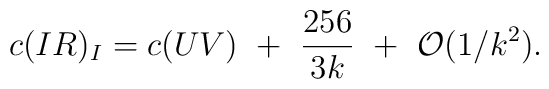
c(IR)_I=c(UV)~+~{256\over3k}~+~{\cal O}(1/k^2).